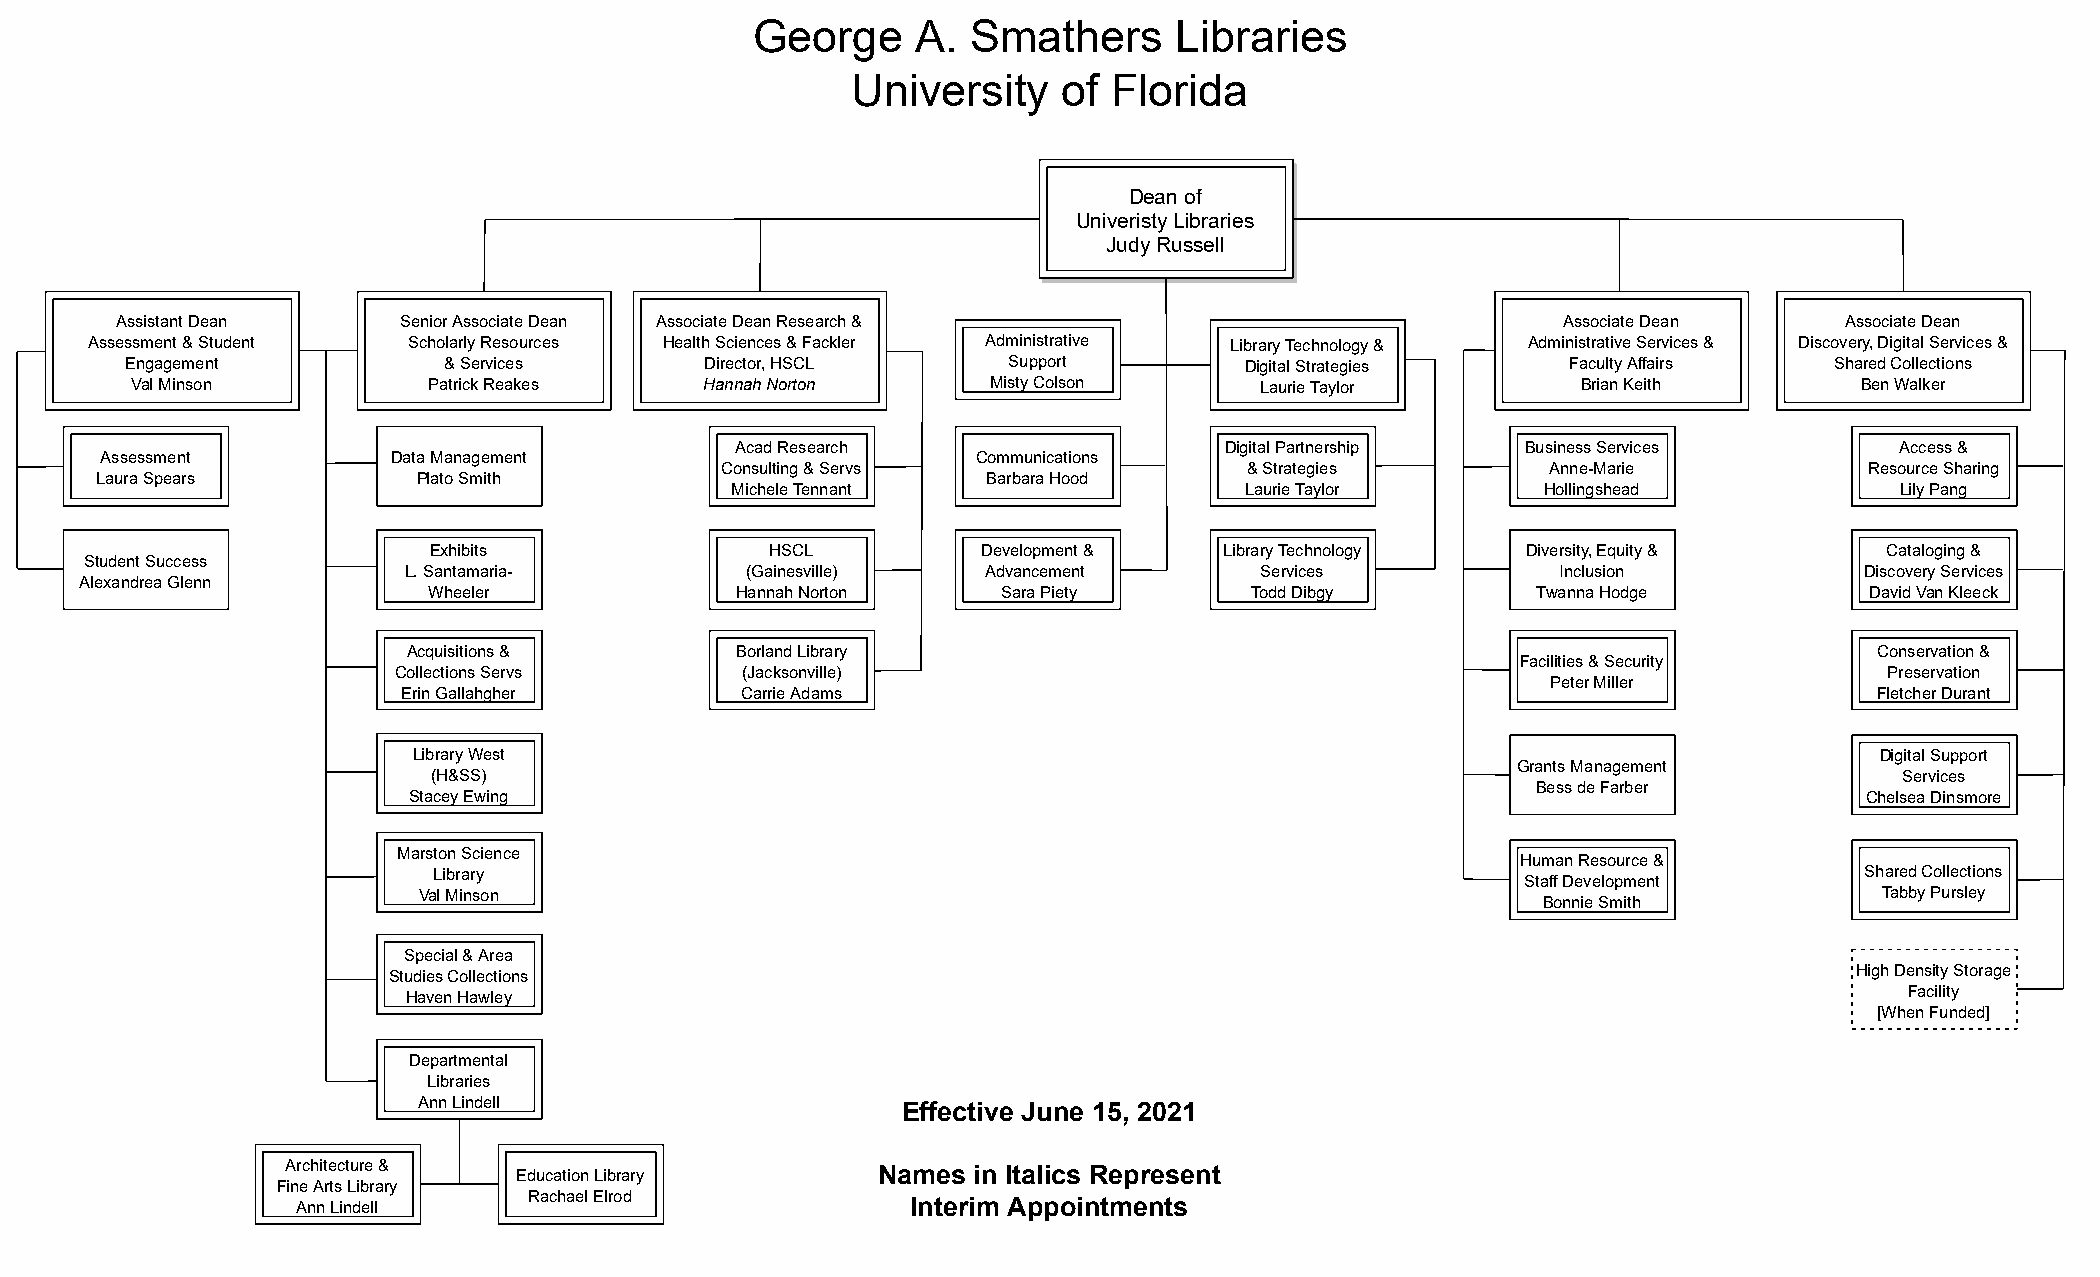
George     A. Smathers      Libraries
 University    of  Florida
 Dean of
 Univeristy Libraries
 Judy Russell
 Assistant Dean    Senior Associate Dean Associate Dean Research &                               Associate Dean    Associate Dean
 Assessment & Student Scholarly Resources Health Sciences & Fackler Administrative Library Technology & Administrative Services & Discovery, Digital Services &
 Engagement           & Services        Director, HSCL      Support        Digital Strategies    Faculty Affairs  Shared Collections
 Val Minson         Patrick Reakes     Hannah Norton      Misty Colson     Laurie Taylor         Brian Keith       Ben Walker
 Acad Research                   Digital Partnership Business Services        Access &
 Assessment         Data Management                        Communications
 Consulting & Servs                 & Strategies        Anne-Marie           Resource Sharing
 Laura Spears          Plato Smith                          Barbara Hood
 Michele Tennant                   Laurie Taylor       Hollingshead            Lily Pang
 Exhibits               HSCL          Development &   Library Technology  Diversity, Equity &     Cataloging &
 Student Success
 L. Santamaria-        (Gainesville)   Advancement       Services            Inclusion           Discovery Services
 Alexandrea Glenn
 Wheeler              Hannah Norton    Sara Piety       Todd Dibgy         Twanna Hodge          David Van Kleeck
 Acquisitions &        Borland Library                                                            Conservation &
 Facilities & Security
 Collections Servs      (Jacksonville)                                                              Preservation
 Peter Miller
 Erin Gallahgher       Carrie Adams                                                               Fletcher Durant
 Library West                                                                                     Digital Support
 Grants Management
 (H&SS)                                                                                           Services
 Bess de Farber
 Stacey Ewing                                                                                     Chelsea Dinsmore
 Marston Science
 Human Resource &
 Library                                                                                       Shared Collections
 Staff Development
 Val Minson                                                                                       Tabby Pursley
 Bonnie Smith
 Special & Area
 Studies Collections                                                                              High Density Storage
 Haven Hawley                                                                                       Facility
 [When Funded]
 Departmental
 Libraries
 Ann Lindell                     Effective June 15, 2021
 Architecture & Education Library       Names in Italics Represent
 Fine Arts Library
 Ann Lindell    Rachael Elrod            Interim Appointments